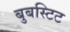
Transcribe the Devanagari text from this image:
बुबस्टिट